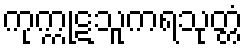
ကုက္ကုဋသူကရသုတ္တံ